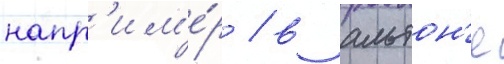
напр'им'е́р / в альтон'е